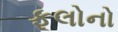
ફૂલોનો